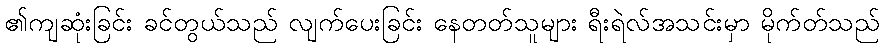
၏ကျဆုံးခြင်း ခင်တွယ်သည် လျက်ပေးခြင်း နေတတ်သူများ ရီးရဲလ်အသင်းမှာ မိုက်တ်သည်